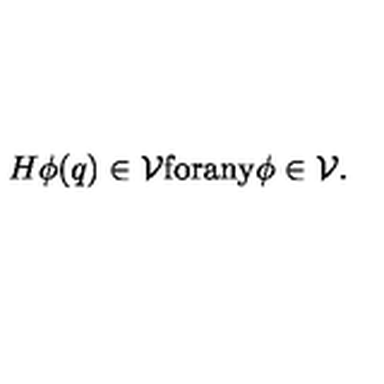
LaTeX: H \phi ( q ) \in { \cal V } \mathrm { f o r a n y } \phi \in { \cal V } .